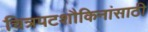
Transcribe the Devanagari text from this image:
चित्रपटशौकिनांसाठी